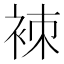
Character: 𧙞